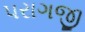
પરાગજી